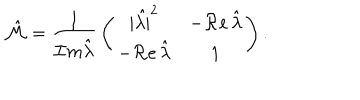
\hat { \cal M } = { \frac { 1 } { { \cal I } m \hat { \lambda } } } \left( \begin{matrix} { { | \hat { \lambda | } ^ { 2 } } } & { { - { \cal R } e \, \hat { \lambda } } } \\ { { - { \cal R } e \, \hat { \lambda } } } & { { 1 } } \\ \end{matrix} \right) .